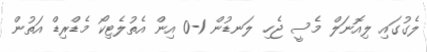
ލެގުގައި ލިއޮނަލް މެސީ ޖެހި ލަނޑުން 1-0 އިން އެތުލެޓިކޯ މެޑްރިޑް އަތުން